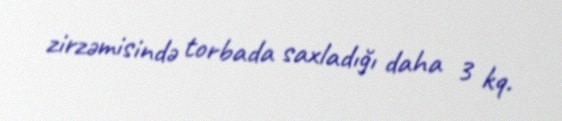
zirzəmisində torbada saxladığı daha 3 kq.